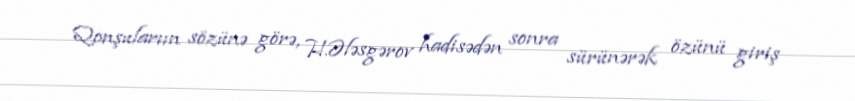
Qonşularıın sözünə görə, H.Ələsgərov hadisədən sonra sürünərək özünü giriş